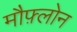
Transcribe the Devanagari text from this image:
मौफ़्लोन